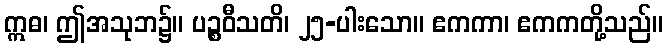
ဣဓ၊ ဤအသုဘ၌။ ပဉ္စဝီသတိ၊ ၂၅-ပါးသော။ ဧကကာ၊ ဧကကတို့သည်။